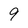
Character: 9